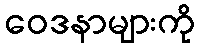
ဝေဒနာများကို